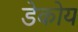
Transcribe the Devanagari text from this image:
डेकोय